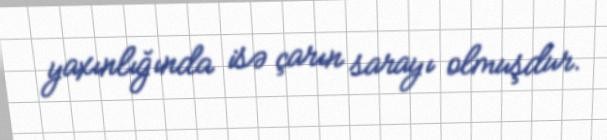
yaxınlığında isə çarın sarayı olmuşdur.